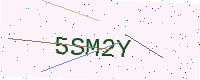
Text: 5SM2Y